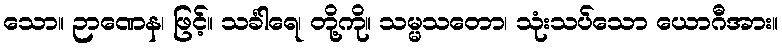
သော။ ဉာဏေန၊ ဖြင့်။ သင်္ခါရေ၊ တို့ကို။ သမ္မသတော၊ သုံးသပ်သော ယောဂီအား။